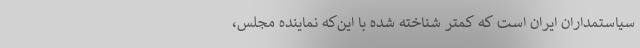
سیاستمداران ایران است که کمتر شناخته شده با این‌که نماینده مجلس،